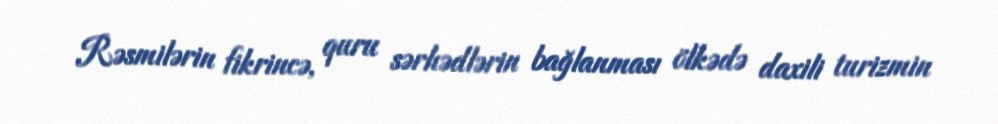
Rəsmilərin fikrincə, quru sərhədlərin bağlanması ölkədə daxili turizmin